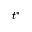
t ^ { * }